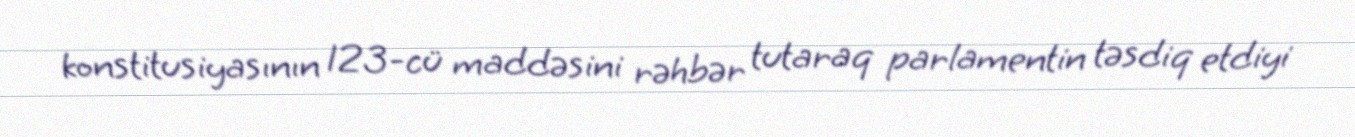
konstitusiyasının 123-cü maddəsini rəhbər tutaraq parlamentin təsdiq etdiyi